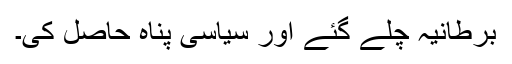
برطانیہ چلے گئے اور سیاسی پناہ حاصل کی۔